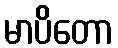
မာပိတော